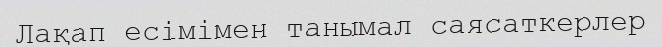
Лақап есімімен танымал саясаткерлер